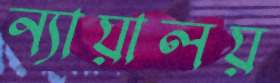
ন্যায়ালয়